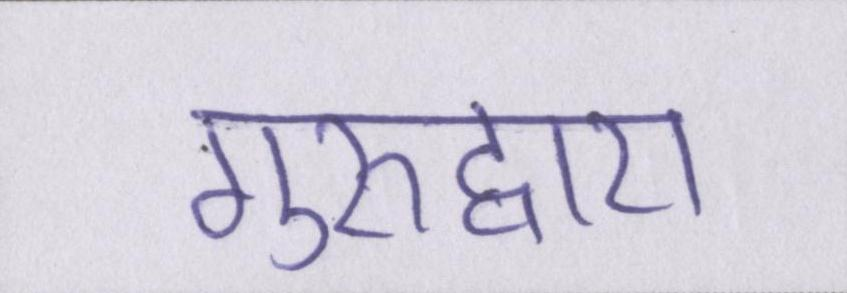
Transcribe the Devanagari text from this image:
गुरुद्वारा